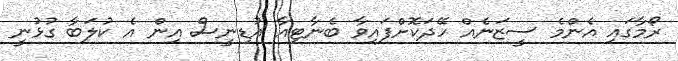
ރޯމާގައި އެންމެ ސީޒަނެއް ހޭދަކޮށްފައިވާ ބެނާޓިއާ އުޑިނީސް އިން އެ ކުލަބާ ގުޅުނީ